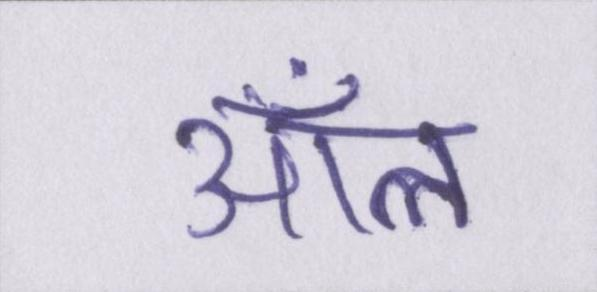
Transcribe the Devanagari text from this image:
ऑल